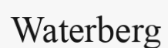
Waterberg